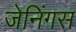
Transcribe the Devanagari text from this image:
जेनिंगस